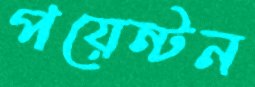
পয়েন্টন